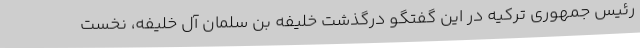
رئیس جمهوری ترکیه در این گفتگو درگذشت خلیفه بن سلمان آل خلیفه، نخست